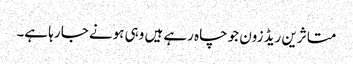
متاثرین ریڈ زون جو چاہ رہے ہیں وہی ہونے جا رہا ہے۔